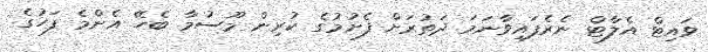
ވައިޓް އެލާޓް ނެރެފައިވާނަމަ ދަތުރަށް ފެށުމުގެ ކުރިން މޫސުމާ ބެހޭ އެންމެ ފަހުގެ